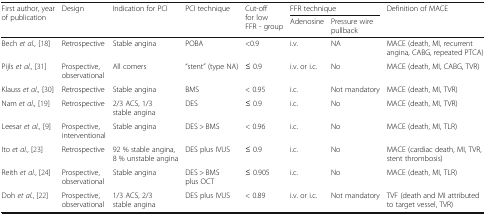
| <ROWSPAN=2> First author, year of publication | <ROWSPAN=2> Design | <ROWSPAN=2> Indication for PCI | <ROWSPAN=2> PCI technique | <ROWSPAN=2> Cut-off for low FFR - group | <COLSPAN=2> FFR technique | <ROWSPAN=2> Definition of MACE |
 | Adenosine | Pressure wire pullback |
 | --- | --- | --- | --- | --- | --- | --- | --- |
 | Bech et al., [18] | Retrospective | Stable angina | POBA | <0.9 | i.v. | NA | MACE (death, MI, recurrent angina, CABG, repeated PTCA) |
 | Pijls et al., [31] | Prospective, observational | All comers | “stent” (type NA) | ≤ 0.9 | i.v. or i.c. | No | MACE (death, MI, CABG, TVR) |
 | Klauss et al., [30] | Retrospective | Stable angina | BMS | < 0.95 | i.c. | Not mandatory | MACE (death, MI, TVR) |
 | Nam et al., [19] | Retrospective | 2/3 ACS, 1/3 stable angina | DES | ≤ 0.9 | i.c. | No | MACE (death, MI, TVR) |
 | Leesar et al., [9] | Prospective, interventional | Stable angina | DES > BMS | < 0.96 | i.c. | No | MACE (death, MI, TLR) |
 | Ito et al., [23] | Retrospective | 92 % stable angina, 8 % unstable angina | DES plus IVUS | ≤ 0.9 | i.c. | No | MACE (cardiac death, MI, TVR, stent thrombosis) |
 | Reith et al., [24] | Prospective, observational | Stable angina | DES > BMS plus OCT | ≤ 0.905 | i.c. | No | MACE (death, MI, TLR) |
 | Doh et al., [22] | Prospective, observational | 1/3 ACS, 2/3 stable angina | DES plus IVUS | < 0.89 | i.v. or i.c. | Not mandatory | TVF (death and MI attributed to target vessel, TVR) |